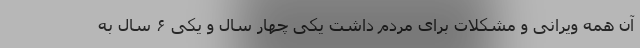
آن همه ویرانی و مشکلات برای مردم داشت یکی چهار سال و یکی ۶ سال به